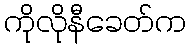
ကိုလိုနီခေတ်က